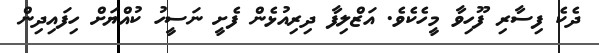
ދެކެ ފިސާރި ފޫހިވާ މީހެކެވެ. އަޒްލިފާ ދިރިއުޅެން ފެށީ ނަސީހު ކުއްޔަށް ހިފައިދިން